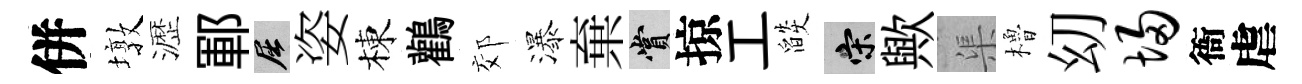
併墩瀝鄆屈姿棟鸛郊瀑棄賞掠工燄宋歟渠櫓㓜埽衙虐